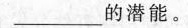
_的潜能。